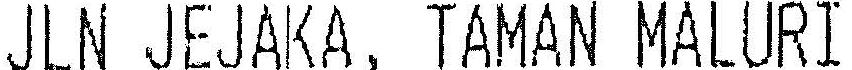
JLN JEJAKA, TAMAN MALURI